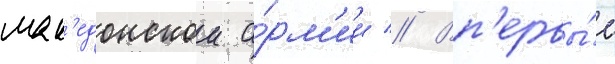
мак'едонскои а́рм'ии // Вп'ервы́е